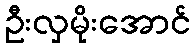
ဦးလှမိုးအောင်